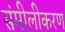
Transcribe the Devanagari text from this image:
संमीलीकरण